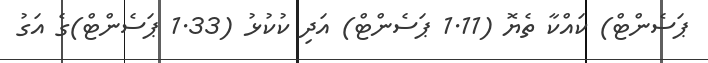
ޕަސެންޓް) ކައްކާ ތެޔޮ (1.11 ޕަސެންޓް) އަދި ކުކުޅު (1.33 ޕަސެންޓް)ގެ އަގު